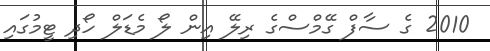
2010 ގެ ސާފް ގޭމްސްގެ ރިލޭ އިން ލޯ މެޑަލް ހޯދި ޓީމުގައި